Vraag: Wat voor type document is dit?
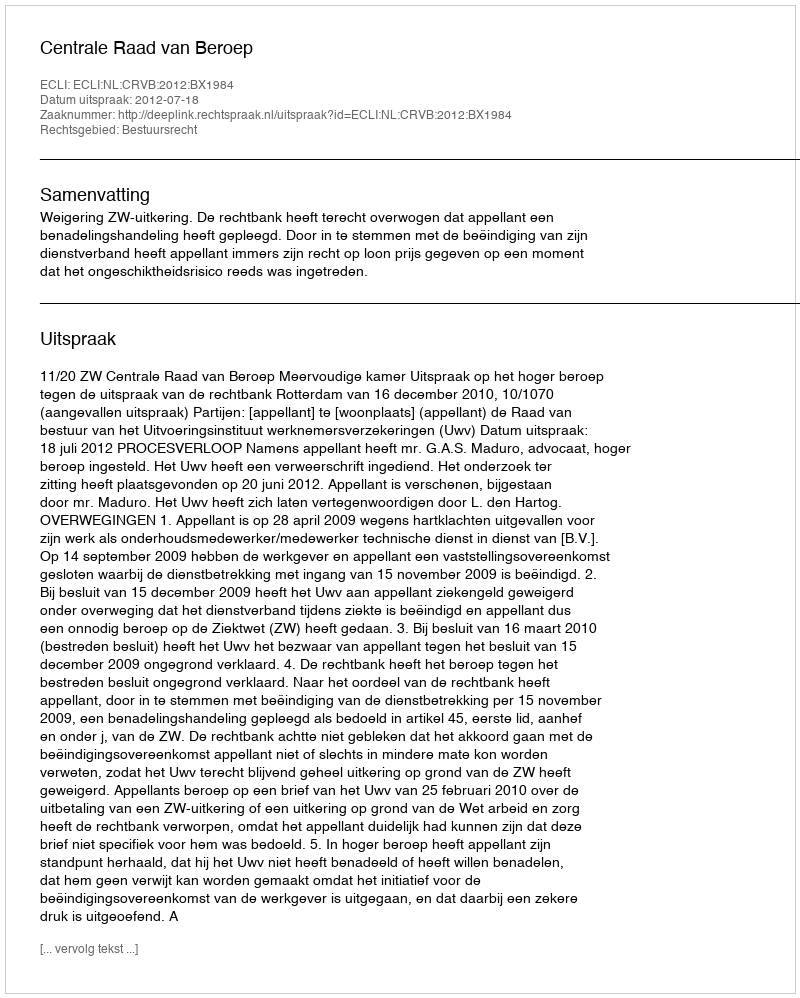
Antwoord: Uitspraak